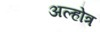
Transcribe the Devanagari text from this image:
अल्होत्र